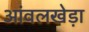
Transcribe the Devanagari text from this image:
आंवलखेड़ा